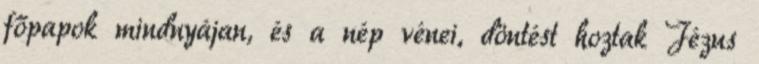
főpapok mindnyájan, és a nép vénei, döntést hoztak Jézus